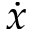
\dot { x }